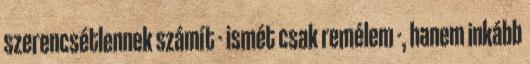
szerencsétlennek számít - ismét csak remélem -, hanem inkább